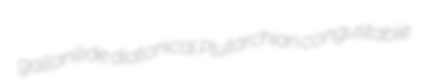
gallanilide diatonical Plutarchian congustable